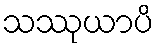
သဿုယာပိ